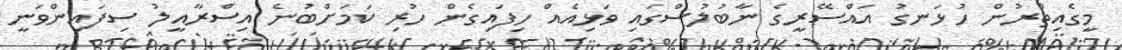
މީގެއިތުރުން ހުޅަނގު އައްސޭރީގެ ނާބުލުސްގައި ވަޅިއެއް ހިފައިގެން ހުރި ކަމަށްބުނެ އިސްރާއީލު ސިފައިންވަނީ